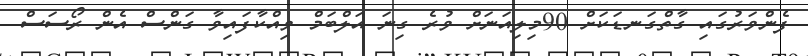
ފެންވަރުގައި ގާތްގަނޑަކަށް 90މިލިއަނަށް ވުރެ ގިނަ އަލްބަމް ވިއްކާފައިވާ ގަންސް އެން ރޯސަސް